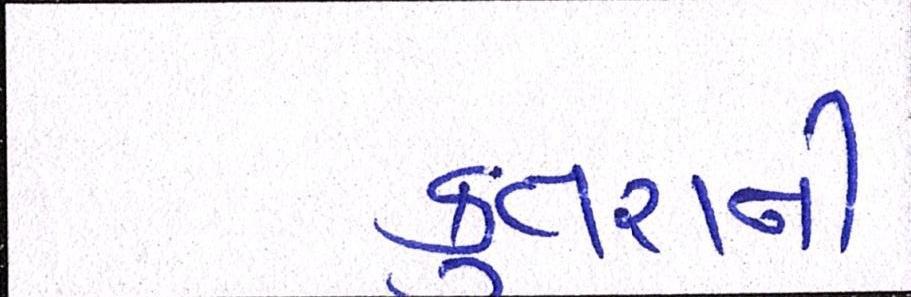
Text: કૂતરાની